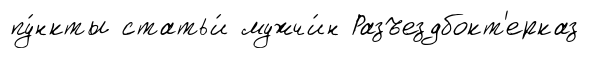
пу́нкты статьи́ мужчи́н Разъездбокт'ерказ